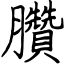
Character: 臢